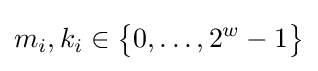
m_{i},k_{i}\in {\big \{}0,\ldots ,2^{w}-1{\big \}}